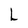
Character: L